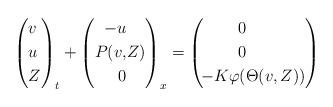
LaTeX: \begin{align*}\begin{aligned}\left(\begin{aligned}&v\\&u\\&Z\\\end{aligned}\right)_t +\left(\begin{aligned}-u&\\P(v,&Z) \\0&\\\end{aligned}\right)_x =\left(\begin{aligned}\!0&\\\!0&\\\!-K\varphi(&\Theta(v,Z))\\\end{aligned}\right)\end{aligned}\end{align*}